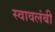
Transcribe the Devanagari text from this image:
स्‍वावलंबी